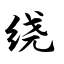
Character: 绕